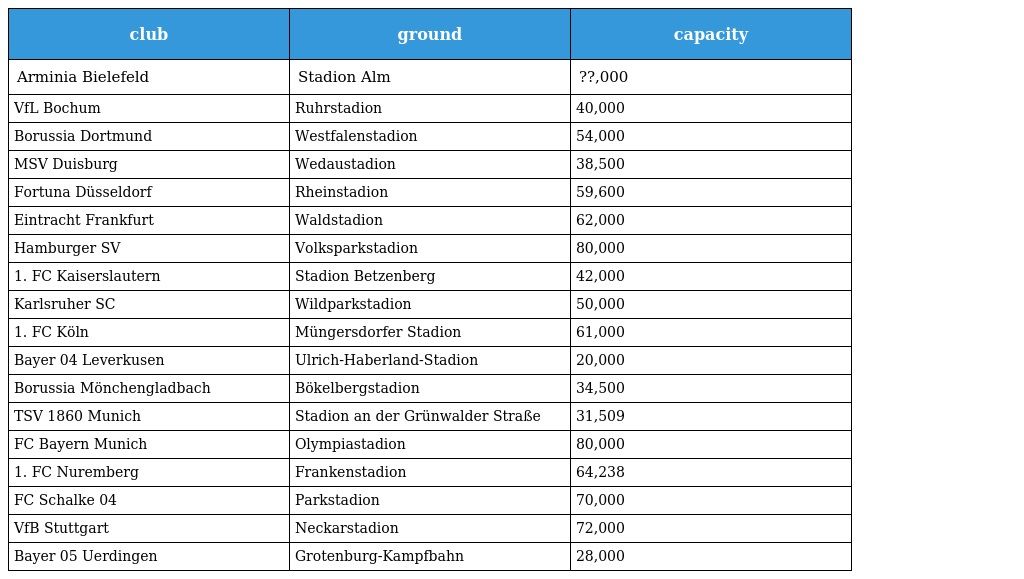
| club | ground | capacity |
 | --- | --- | --- |
 | Arminia Bielefeld | Stadion Alm | ??,000 |
 | VfL Bochum | Ruhrstadion | 40,000 |
 | Borussia Dortmund | Westfalenstadion | 54,000 |
 | MSV Duisburg | Wedaustadion | 38,500 |
 | Fortuna Düsseldorf | Rheinstadion | 59,600 |
 | Eintracht Frankfurt | Waldstadion | 62,000 |
 | Hamburger SV | Volksparkstadion | 80,000 |
 | 1. FC Kaiserslautern | Stadion Betzenberg | 42,000 |
 | Karlsruher SC | Wildparkstadion | 50,000 |
 | 1. FC Köln | Müngersdorfer Stadion | 61,000 |
 | Bayer 04 Leverkusen | Ulrich-Haberland-Stadion | 20,000 |
 | Borussia Mönchengladbach | Bökelbergstadion | 34,500 |
 | TSV 1860 Munich | Stadion an der Grünwalder Straße | 31,509 |
 | FC Bayern Munich | Olympiastadion | 80,000 |
 | 1. FC Nuremberg | Frankenstadion | 64,238 |
 | FC Schalke 04 | Parkstadion | 70,000 |
 | VfB Stuttgart | Neckarstadion | 72,000 |
 | Bayer 05 Uerdingen | Grotenburg-Kampfbahn | 28,000 |